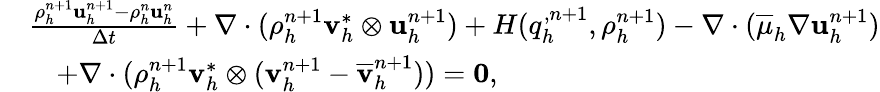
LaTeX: \begin{array}{rl}&{\frac{\rho_{h}^{n+1}\mathbf u_{h}^{n+1}-\rho_{h}^{n}\mathbf u_{h}^{n}}{\Delta t}+\nabla\cdot(\rho_{h}^{n+1}\mathbf v_{h}^{*}\otimes\mathbf u_{h}^{n+1})+H(q_{h}^{,n+1},\rho_{h}^{n+1})-\nabla\cdot(\overline{{\mu}}_{h}\nabla{\mathbf u}_{h}^{n+1})}\\ &{\quad+\nabla\cdot(\rho_{h}^{n+1}\mathbf v_{h}^{*}\otimes(\mathbf v_{h}^{n+1}-\overline{{\mathbf v}}_{h}^{n+1}))=\boldsymbol{0},}\end{array}